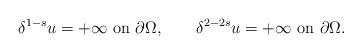
LaTeX: \begin{align*}\delta^{1-s}u=+\infty\hbox{ on }\partial\Omega,\qquad\delta^{2-2s}u=+\infty\hbox{ on }\partial\Omega.\end{align*}